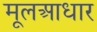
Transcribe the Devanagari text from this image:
मूलआधार